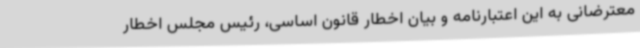
معترضانی به این اعتبارنامه و بیان اخطار قانون اساسی، رئیس مجلس اخطار